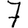
Digit: 7